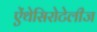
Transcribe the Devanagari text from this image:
ऐंथेसिरोटेलीज